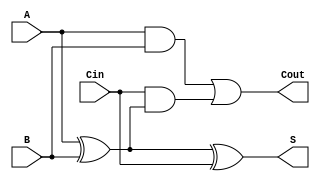
module full_adder (
    input A,     // First input bit
    input B,     // Second input bit
    input Cin,   // Carry-in bit
    output S,    // Sum output
    output Cout   // Carry-out output
);

// Internal wires for the intermediate calculations
wire AB;        // A AND B
wire A_xor_B;  // A XOR B

// Calculate the sum using XOR gates
assign A_xor_B = A ^ B;     // A XOR B
assign S = A_xor_B ^ Cin;   // S = (A XOR B) XOR Cin

// Calculate the carry-out using AND and OR gates
assign AB = A & B;                     // A AND B
assign Cout = AB | (Cin & A_xor_B);   // Cout = (A AND B) OR (Cin AND (A XOR B))

endmodule